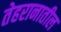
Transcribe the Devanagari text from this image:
तेहरानातील